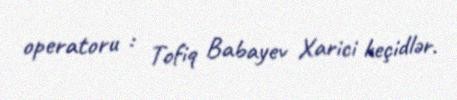
operatoru : Tofiq Babayev Xarici keçidlər.